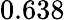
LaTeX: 0.638